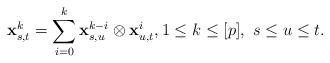
LaTeX: \begin{align*}\mathbf{x}^k_{s,t} = \sum_{i=0}^k \mathbf{x}^{k-i}_{s,u}\otimes \mathbf{x}^{i}_{u,t},1 \le k \le [p], \,\, s \le u \le t. \end{align*}